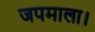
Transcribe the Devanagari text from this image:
जपमाला।